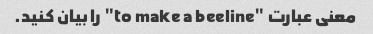
معنی عبارت "to make a beeline" را بیان کنید.